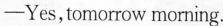
——Yes,tomorrow morning.